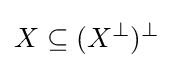
X\subseteq (X^{\bot })^{\bot }